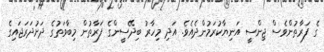
ގެ ފަރާތުންވެސް ޖިންސީ އަނިޔާކުރަމުންދެއެވެ. އަދި މިހާރު ބިދޭސީންގެ ފަރާތުން މިބާވަތުގެ ދަށުދަރަޖައިގެ